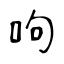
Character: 呴